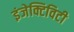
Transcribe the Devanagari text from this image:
इंजेक्टिविटी